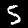
Label: 5